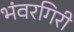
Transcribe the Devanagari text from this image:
भंवरगिरी